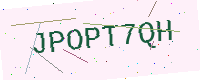
Text: JPOPT7QH